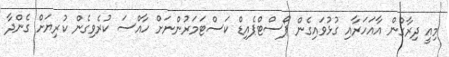
މިއީ ދިރާގުން އާއަހަރާއި ގުޅުވައިގެން ޕޯސްޓްޕެއިޑް ކަސްޓަމަރުންނަށް ހާއްސަ ކުރެވިގެން ކުރިޔަށް ގެންދާ